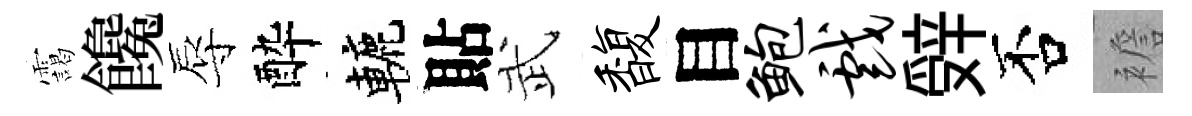
靄饞辱酔轆貼武馥目鲍戏辤否襜